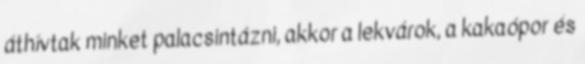
áthívtak minket palacsintázni, akkor a lekvárok, a kakaópor és